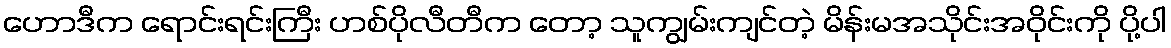
ဟောဒီက ရောင်းရင်းကြီး ဟစ်ပိုလီတီက တော့ သူကျွမ်းကျင်တဲ့ မိန်းမအသိုင်းအဝိုင်းကို ပို့ပါ